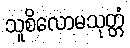
သူစိလောမသုတ္တံ